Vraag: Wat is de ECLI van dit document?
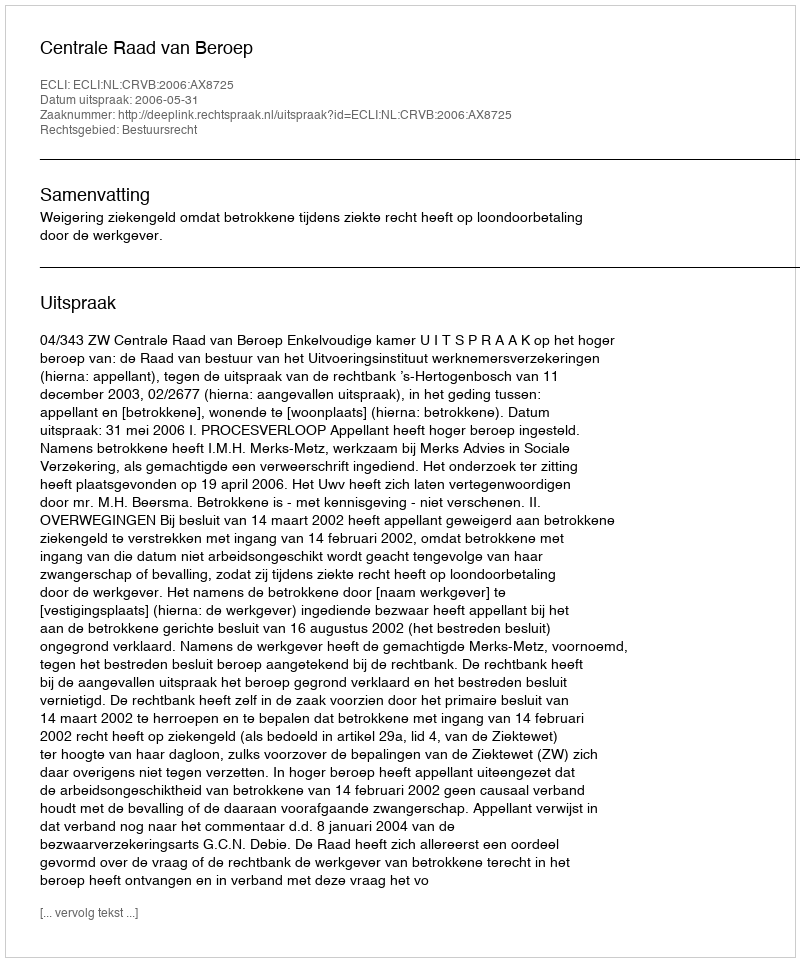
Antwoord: ECLI:NL:CRVB:2006:AX8725